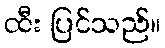
ထီး ပြင်သည်။